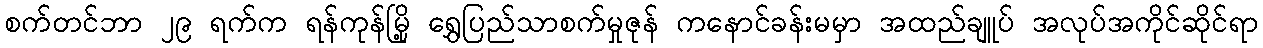
စက်တင်ဘာ ၂၉ ရက်က ရန်ကုန်မြို့ ရွှေပြည်သာစက်မှုဇုန် ကနောင်ခန်းမမှာ အထည်ချူပ် အလုပ်အကိုင်ဆိုင်ရာ